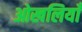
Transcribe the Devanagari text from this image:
ओखलियाँ